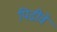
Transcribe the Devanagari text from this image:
पिढीवे